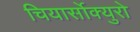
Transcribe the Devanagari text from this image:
चियार्सोक्युरो